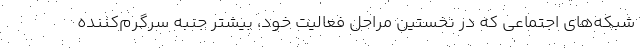
شبکه‌های اجتماعی که در نخستین مراحل فعالیت خود، بیشتر جنبه سرگرم‌کننده